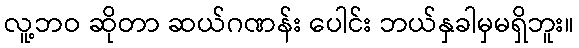
လူ့ဘဝ ဆိုတာ ဆယ်ဂဏန်း ပေါင်း ဘယ်နှခါမှမရှိဘူး။